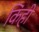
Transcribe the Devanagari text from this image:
किंही